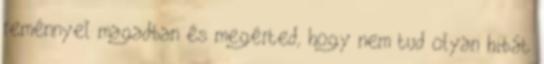
reménnyel magadban és megérted, hogy nem tud olyan hibát